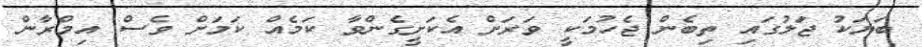
ބަޔަކު ޖަލުގައި ތިބެން ޖެހުމަކީ ވަރަށް އެކަށީގެންވާ ކަމެއް ކަމަށް ވެސް އިމްރާން